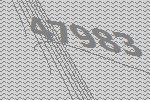
47983